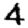
Digit: 4